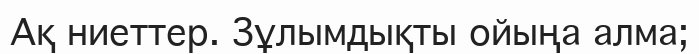
Ақ ниеттер. Зұлымдықты ойыңа алма;